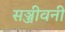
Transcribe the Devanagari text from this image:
सञ्जीवनी